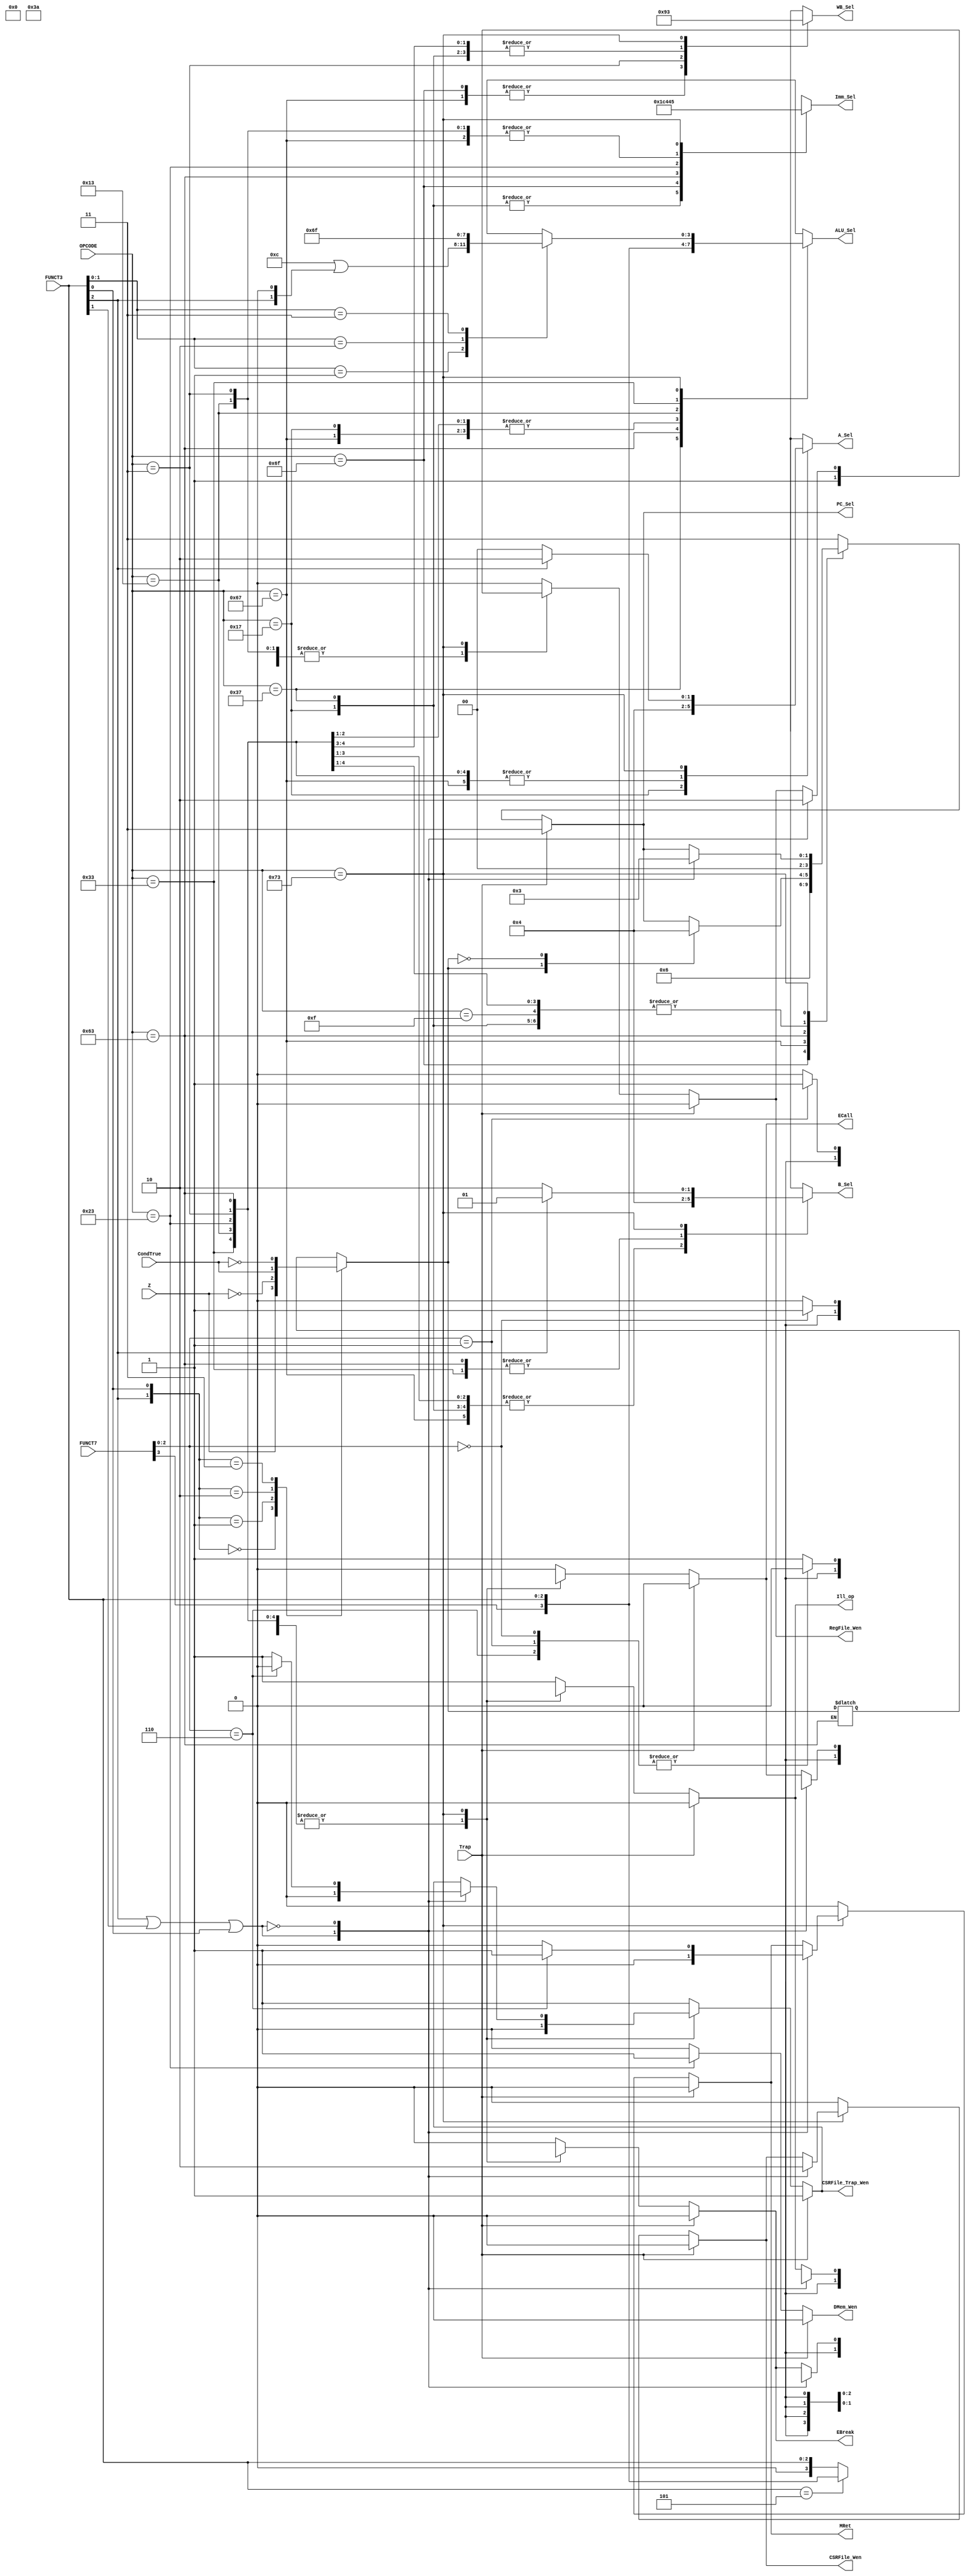
/* Generated by Yosys 0.9+3624 (git sha1 UNKNOWN, clang 7.0.1-8+deb10u2 -fPIC -Os) */

module ControlUnit(Z, Trap, CondTrue, OPCODE, FUNCT3, FUNCT7, PC_Sel, A_Sel, B_Sel, WB_Sel, Imm_Sel, ALU_Sel, RegFile_Wen, DMem_Wen, CSRFile_Wen, CSRFile_Trap_Wen, MRet, ECall, EBreak, Ill_op);
  wire _00_;
  wire _01_;
  wire _02_;
  wire _03_;
  wire _04_;
  wire _05_;
  wire _06_;
  wire _07_;
  wire [1:0] _08_;
  wire _09_;
  wire _10_;
  wire _11_;
  wire _12_;
  wire _13_;
  wire [3:0] _14_;
  wire _15_;
  wire _16_;
  wire _17_;
  wire [1:0] _18_;
  wire [1:0] _19_;
  wire [3:0] _20_;
  wire _21_;
  wire _22_;
  wire _23_;
  wire _24_;
  wire [3:0] _25_;
  wire _26_;
  wire _27_;
  wire _28_;
  wire _29_;
  wire _30_;
  wire _31_;
  wire _32_;
  wire _33_;
  wire _34_;
  wire _35_;
  wire _36_;
  wire [1:0] _37_;
  wire _38_;
  wire _39_;
  wire _40_;
  wire _41_;
  wire _42_;
  wire _43_;
  wire _44_;
  wire _45_;
  wire _46_;
  wire [1:0] _47_;
  wire [1:0] _48_;
  wire [1:0] _49_;
  wire [1:0] _50_;
  wire [2:0] _51_;
  wire [3:0] _52_;
  wire _53_;
  wire _54_;
  wire _55_;
  wire _56_;
  wire _57_;
  wire _58_;
  wire _59_;
  wire _60_;
  wire _61_;
  wire [1:0] _62_;
  wire _63_;
  wire _64_;
  wire _65_;
  wire _66_;
  wire _67_;
  wire _68_;
  wire _69_;
  wire _70_;
  wire _71_;
  wire _72_;
  wire _73_;
  output [3:0] ALU_Sel;
  output [1:0] A_Sel;
  output [1:0] B_Sel;
  output CSRFile_Trap_Wen;
  output CSRFile_Wen;
  input CondTrue;
  output DMem_Wen;
  output EBreak;
  output ECall;
  input [2:0] FUNCT3;
  input [3:0] FUNCT7;
  output Ill_op;
  output [2:0] Imm_Sel;
  output MRet;
  input [6:0] OPCODE;
  output [1:0] PC_Sel;
  output RegFile_Wen;
  input Trap;
  output [1:0] WB_Sel;
  input Z;
  wire \control.takebranch ;
  assign _20_ = 4'hc | { 2'h0, FUNCT3[2], 1'h0 };
  assign _21_ = FUNCT3[1:0] == 2'h1;
  assign _23_ = FUNCT3[1:0] == 2'h2;
  assign _24_ = FUNCT3[1:0] == 2'h3;
  function [3:0] \112 ;
    input [3:0] a;
    input [11:0] b;
    input [2:0] s;
    (* parallel_case *)
    casez (s)
      3'b??1:
        \112  = b[3:0];
      3'b?1?:
        \112  = b[7:4];
      3'b1??:
        \112  = b[11:8];
      default:
        \112  = a;
    endcase
  endfunction
  assign _25_ = \112 (4'hx, { 8'hf6, _20_ }, { _24_, _23_, _21_ });
  assign _26_ = _22_ == 1'h1;
  assign _27_ = FUNCT7[2:0] == 3'h0;
  assign _28_ = FUNCT7[2:0] == 3'h1;
  assign _29_ = FUNCT7[2:0] == 3'h6;
  function [0:0] \125 ;
    input [0:0] a;
    input [2:0] b;
    input [2:0] s;
    (* parallel_case *)
    casez (s)
      3'b??1:
        \125  = b[0:0];
      3'b?1?:
        \125  = b[1:1];
      3'b1??:
        \125  = b[2:2];
      default:
        \125  = a;
    endcase
  endfunction
  assign _30_ = \125 (1'h1, 3'h3, { _29_, _28_, _27_ });
  function [0:0] \129 ;
    input [0:0] a;
    input [2:0] b;
    input [2:0] s;
    (* parallel_case *)
    casez (s)
      3'b??1:
        \129  = b[0:0];
      3'b?1?:
        \129  = b[1:1];
      3'b1??:
        \129  = b[2:2];
      default:
        \129  = a;
    endcase
  endfunction
  assign _31_ = \129 (1'h0, 3'h4, { _29_, _28_, _27_ });
  function [0:0] \133 ;
    input [0:0] a;
    input [2:0] b;
    input [2:0] s;
    (* parallel_case *)
    casez (s)
      3'b??1:
        \133  = b[0:0];
      3'b?1?:
        \133  = b[1:1];
      3'b1??:
        \133  = b[2:2];
      default:
        \133  = a;
    endcase
  endfunction
  assign _32_ = \133 (1'h0, 3'h1, { _29_, _28_, _27_ });
  function [0:0] \137 ;
    input [0:0] a;
    input [2:0] b;
    input [2:0] s;
    (* parallel_case *)
    casez (s)
      3'b??1:
        \137  = b[0:0];
      3'b?1?:
        \137  = b[1:1];
      3'b1??:
        \137  = b[2:2];
      default:
        \137  = a;
    endcase
  endfunction
  assign _34_ = \137 (1'h0, 3'h2, { _29_, _28_, _27_ });
  function [0:0] \141 ;
    input [0:0] a;
    input [2:0] b;
    input [2:0] s;
    (* parallel_case *)
    casez (s)
      3'b??1:
        \141  = b[0:0];
      3'b?1?:
        \141  = b[1:1];
      3'b1??:
        \141  = b[2:2];
      default:
        \141  = a;
    endcase
  endfunction
  assign _35_ = \141 (1'h1, 3'h0, { _29_, _28_, _27_ });
  assign _36_ = _22_ == 1'h0;
  function [1:0] \148 ;
    input [1:0] a;
    input [3:0] b;
    input [1:0] s;
    (* parallel_case *)
    casez (s)
      2'b?1:
        \148  = b[1:0];
      2'b1?:
        \148  = b[3:2];
      default:
        \148  = a;
    endcase
  endfunction
  assign _37_ = \148 (_62_, 4'hc, { _36_, _26_ });
  function [0:0] \151 ;
    input [0:0] a;
    input [1:0] b;
    input [1:0] s;
    (* parallel_case *)
    casez (s)
      2'b?1:
        \151  = b[0:0];
      2'b1?:
        \151  = b[1:1];
      default:
        \151  = a;
    endcase
  endfunction
  assign _38_ = \151 (_63_, 2'h1, { _36_, _26_ });
  function [0:0] \154 ;
    input [0:0] a;
    input [1:0] b;
    input [1:0] s;
    (* parallel_case *)
    casez (s)
      2'b?1:
        \154  = b[0:0];
      2'b1?:
        \154  = b[1:1];
      default:
        \154  = a;
    endcase
  endfunction
  assign _39_ = \154 (_66_, 2'h1, { _36_, _26_ });
  function [0:0] \156 ;
    input [0:0] a;
    input [1:0] b;
    input [1:0] s;
    (* parallel_case *)
    casez (s)
      2'b?1:
        \156  = b[0:0];
      2'b1?:
        \156  = b[1:1];
      default:
        \156  = a;
    endcase
  endfunction
  assign _40_ = \156 (_67_, { _30_, 1'h0 }, { _36_, _26_ });
  function [0:0] \158 ;
    input [0:0] a;
    input [1:0] b;
    input [1:0] s;
    (* parallel_case *)
    casez (s)
      2'b?1:
        \158  = b[0:0];
      2'b1?:
        \158  = b[1:1];
      default:
        \158  = a;
    endcase
  endfunction
  assign _41_ = \158 (_68_, { _31_, 1'h0 }, { _36_, _26_ });
  function [0:0] \160 ;
    input [0:0] a;
    input [1:0] b;
    input [1:0] s;
    (* parallel_case *)
    casez (s)
      2'b?1:
        \160  = b[0:0];
      2'b1?:
        \160  = b[1:1];
      default:
        \160  = a;
    endcase
  endfunction
  assign _42_ = \160 (_69_, { _32_, 1'hx }, { _36_, _26_ });
  function [0:0] \162 ;
    input [0:0] a;
    input [1:0] b;
    input [1:0] s;
    (* parallel_case *)
    casez (s)
      2'b?1:
        \162  = b[0:0];
      2'b1?:
        \162  = b[1:1];
      default:
        \162  = a;
    endcase
  endfunction
  assign _43_ = \162 (_70_, { _34_, 1'hx }, { _36_, _26_ });
  function [0:0] \164 ;
    input [0:0] a;
    input [1:0] b;
    input [1:0] s;
    (* parallel_case *)
    casez (s)
      2'b?1:
        \164  = b[0:0];
      2'b1?:
        \164  = b[1:1];
      default:
        \164  = a;
    endcase
  endfunction
  assign _45_ = \164 (_71_, { _35_, 1'hx }, { _36_, _26_ });
  assign _46_ = OPCODE == 7'h73;
  function [1:0] \178 ;
    input [1:0] a;
    input [21:0] b;
    input [10:0] s;
    (* parallel_case *)
    casez (s)
      11'b??????????1:
        \178  = b[1:0];
      11'b?????????1?:
        \178  = b[3:2];
      11'b????????1??:
        \178  = b[5:4];
      11'b???????1???:
        \178  = b[7:6];
      11'b??????1????:
        \178  = b[9:8];
      11'b?????1?????:
        \178  = b[11:10];
      11'b????1??????:
        \178  = b[13:12];
      11'b???1???????:
        \178  = b[15:14];
      11'b??1????????:
        \178  = b[17:16];
      11'b?1?????????:
        \178  = b[19:18];
      11'b1??????????:
        \178  = b[21:20];
      default:
        \178  = a;
    endcase
  endfunction
  assign _47_ = \178 (2'h3, { _37_, 10'h000, _08_, 8'h90 }, { _46_, _17_, _16_, _15_, _12_, _10_, _09_, _65_, _55_, _44_, _33_ });
  function [1:0] \190 ;
    input [1:0] a;
    input [21:0] b;
    input [10:0] s;
    (* parallel_case *)
    casez (s)
      11'b??????????1:
        \190  = b[1:0];
      11'b?????????1?:
        \190  = b[3:2];
      11'b????????1??:
        \190  = b[5:4];
      11'b???????1???:
        \190  = b[7:6];
      11'b??????1????:
        \190  = b[9:8];
      11'b?????1?????:
        \190  = b[11:10];
      11'b????1??????:
        \190  = b[13:12];
      11'b???1???????:
        \190  = b[15:14];
      11'b??1????????:
        \190  = b[17:16];
      11'b?1?????????:
        \190  = b[19:18];
      11'b1??????????:
        \190  = b[21:20];
      default:
        \190  = a;
    endcase
  endfunction
  assign _48_ = \190 (2'hx, { _18_, 20'bxx000000000000xx01xx }, { _46_, _17_, _16_, _15_, _12_, _10_, _09_, _65_, _55_, _44_, _33_ });
  function [1:0] \202 ;
    input [1:0] a;
    input [21:0] b;
    input [10:0] s;
    (* parallel_case *)
    casez (s)
      11'b??????????1:
        \202  = b[1:0];
      11'b?????????1?:
        \202  = b[3:2];
      11'b????????1??:
        \202  = b[5:4];
      11'b???????1???:
        \202  = b[7:6];
      11'b??????1????:
        \202  = b[9:8];
      11'b?????1?????:
        \202  = b[11:10];
      11'b????1??????:
        \202  = b[13:12];
      11'b???1???????:
        \202  = b[15:14];
      11'b??1????????:
        \202  = b[17:16];
      11'b?1?????????:
        \202  = b[19:18];
      11'b1??????????:
        \202  = b[21:20];
      default:
        \202  = a;
    endcase
  endfunction
  assign _49_ = \202 (2'hx, { _19_, 20'bxx000101010001xx0101 }, { _46_, _17_, _16_, _15_, _12_, _10_, _09_, _65_, _55_, _44_, _33_ });
  function [1:0] \215 ;
    input [1:0] a;
    input [21:0] b;
    input [10:0] s;
    (* parallel_case *)
    casez (s)
      11'b??????????1:
        \215  = b[1:0];
      11'b?????????1?:
        \215  = b[3:2];
      11'b????????1??:
        \215  = b[5:4];
      11'b???????1???:
        \215  = b[7:6];
      11'b??????1????:
        \215  = b[9:8];
      11'b?????1?????:
        \215  = b[11:10];
      11'b????1??????:
        \215  = b[13:12];
      11'b???1???????:
        \215  = b[15:14];
      11'b??1????????:
        \215  = b[17:16];
      11'b?1?????????:
        \215  = b[19:18];
      11'b1??????????:
        \215  = b[21:20];
      default:
        \215  = a;
    endcase
  endfunction
  assign _50_ = \215 (2'hx, 22'b11xx0000xx01xx10100000, { _46_, _17_, _16_, _15_, _12_, _10_, _09_, _65_, _55_, _44_, _33_ });
  function [2:0] \228 ;
    input [2:0] a;
    input [32:0] b;
    input [10:0] s;
    (* parallel_case *)
    casez (s)
      11'b??????????1:
        \228  = b[2:0];
      11'b?????????1?:
        \228  = b[5:3];
      11'b????????1??:
        \228  = b[8:6];
      11'b???????1???:
        \228  = b[11:9];
      11'b??????1????:
        \228  = b[14:12];
      11'b?????1?????:
        \228  = b[17:15];
      11'b????1??????:
        \228  = b[20:18];
      11'b???1???????:
        \228  = b[23:21];
      11'b??1????????:
        \228  = b[26:24];
      11'b?1?????????:
        \228  = b[29:27];
      11'b1??????????:
        \228  = b[32:30];
      default:
        \228  = a;
    endcase
  endfunction
  assign _51_ = \228 (3'hx, 33'b101xxxxxx000001000010000100011011, { _46_, _17_, _16_, _15_, _12_, _10_, _09_, _65_, _55_, _44_, _33_ });
  function [3:0] \237 ;
    input [3:0] a;
    input [43:0] b;
    input [10:0] s;
    (* parallel_case *)
    casez (s)
      11'b??????????1:
        \237  = b[3:0];
      11'b?????????1?:
        \237  = b[7:4];
      11'b????????1??:
        \237  = b[11:8];
      11'b???????1???:
        \237  = b[15:12];
      11'b??????1????:
        \237  = b[19:16];
      11'b?????1?????:
        \237  = b[23:20];
      11'b????1??????:
        \237  = b[27:24];
      11'b???1???????:
        \237  = b[31:28];
      11'b??1????????:
        \237  = b[35:32];
      11'b?1?????????:
        \237  = b[39:36];
      11'b1??????????:
        \237  = b[43:40];
      default:
        \237  = a;
    endcase
  endfunction
  assign _52_ = \237 (4'hx, { _25_, 4'hx, FUNCT7[3], FUNCT3, _14_, 10'h002, FUNCT3[2:1], 16'h0x0e }, { _46_, _17_, _16_, _15_, _12_, _10_, _09_, _65_, _55_, _44_, _33_ });
  function [0:0] \249 ;
    input [0:0] a;
    input [10:0] b;
    input [10:0] s;
    (* parallel_case *)
    casez (s)
      11'b??????????1:
        \249  = b[0:0];
      11'b?????????1?:
        \249  = b[1:1];
      11'b????????1??:
        \249  = b[2:2];
      11'b???????1???:
        \249  = b[3:3];
      11'b??????1????:
        \249  = b[4:4];
      11'b?????1?????:
        \249  = b[5:5];
      11'b????1??????:
        \249  = b[6:6];
      11'b???1???????:
        \249  = b[7:7];
      11'b??1????????:
        \249  = b[8:8];
      11'b?1?????????:
        \249  = b[9:9];
      11'b1??????????:
        \249  = b[10:10];
      default:
        \249  = a;
    endcase
  endfunction
  assign _53_ = \249 (1'h0, { _38_, 10'h1af }, { _46_, _17_, _16_, _15_, _12_, _10_, _09_, _65_, _55_, _44_, _33_ });
  assign _00_ = 1'h0 | FUNCT3[2];
  function [0:0] \262 ;
    input [0:0] a;
    input [10:0] b;
    input [10:0] s;
    (* parallel_case *)
    casez (s)
      11'b??????????1:
        \262  = b[0:0];
      11'b?????????1?:
        \262  = b[1:1];
      11'b????????1??:
        \262  = b[2:2];
      11'b???????1???:
        \262  = b[3:3];
      11'b??????1????:
        \262  = b[4:4];
      11'b?????1?????:
        \262  = b[5:5];
      11'b????1??????:
        \262  = b[6:6];
      11'b???1???????:
        \262  = b[7:7];
      11'b??1????????:
        \262  = b[8:8];
      11'b?1?????????:
        \262  = b[9:9];
      11'b1??????????:
        \262  = b[10:10];
      default:
        \262  = a;
    endcase
  endfunction
  assign _54_ = \262 (1'h0, 11'h040, { _46_, _17_, _16_, _15_, _12_, _10_, _09_, _65_, _55_, _44_, _33_ });
  function [0:0] \274 ;
    input [0:0] a;
    input [10:0] b;
    input [10:0] s;
    (* parallel_case *)
    casez (s)
      11'b??????????1:
        \274  = b[0:0];
      11'b?????????1?:
        \274  = b[1:1];
      11'b????????1??:
        \274  = b[2:2];
      11'b???????1???:
        \274  = b[3:3];
      11'b??????1????:
        \274  = b[4:4];
      11'b?????1?????:
        \274  = b[5:5];
      11'b????1??????:
        \274  = b[6:6];
      11'b???1???????:
        \274  = b[7:7];
      11'b??1????????:
        \274  = b[8:8];
      11'b?1?????????:
        \274  = b[9:9];
      11'b1??????????:
        \274  = b[10:10];
      default:
        \274  = a;
    endcase
  endfunction
  assign _56_ = \274 (1'h0, { _39_, 10'h000 }, { _46_, _17_, _16_, _15_, _12_, _10_, _09_, _65_, _55_, _44_, _33_ });
  function [0:0] \286 ;
    input [0:0] a;
    input [10:0] b;
    input [10:0] s;
    (* parallel_case *)
    casez (s)
      11'b??????????1:
        \286  = b[0:0];
      11'b?????????1?:
        \286  = b[1:1];
      11'b????????1??:
        \286  = b[2:2];
      11'b???????1???:
        \286  = b[3:3];
      11'b??????1????:
        \286  = b[4:4];
      11'b?????1?????:
        \286  = b[5:5];
      11'b????1??????:
        \286  = b[6:6];
      11'b???1???????:
        \286  = b[7:7];
      11'b??1????????:
        \286  = b[8:8];
      11'b?1?????????:
        \286  = b[9:9];
      11'b1??????????:
        \286  = b[10:10];
      default:
        \286  = a;
    endcase
  endfunction
  assign _57_ = \286 (1'h1, { _40_, 10'h000 }, { _46_, _17_, _16_, _15_, _12_, _10_, _09_, _65_, _55_, _44_, _33_ });
  assign _11_ = _00_ | FUNCT3[1];
  function [0:0] \298 ;
    input [0:0] a;
    input [10:0] b;
    input [10:0] s;
    (* parallel_case *)
    casez (s)
      11'b??????????1:
        \298  = b[0:0];
      11'b?????????1?:
        \298  = b[1:1];
      11'b????????1??:
        \298  = b[2:2];
      11'b???????1???:
        \298  = b[3:3];
      11'b??????1????:
        \298  = b[4:4];
      11'b?????1?????:
        \298  = b[5:5];
      11'b????1??????:
        \298  = b[6:6];
      11'b???1???????:
        \298  = b[7:7];
      11'b??1????????:
        \298  = b[8:8];
      11'b?1?????????:
        \298  = b[9:9];
      11'b1??????????:
        \298  = b[10:10];
      default:
        \298  = a;
    endcase
  endfunction
  assign _58_ = \298 (1'h0, { _41_, 10'h000 }, { _46_, _17_, _16_, _15_, _12_, _10_, _09_, _65_, _55_, _44_, _33_ });
  assign _22_ = _11_ | FUNCT3[0];
  function [0:0] \310 ;
    input [0:0] a;
    input [10:0] b;
    input [10:0] s;
    (* parallel_case *)
    casez (s)
      11'b??????????1:
        \310  = b[0:0];
      11'b?????????1?:
        \310  = b[1:1];
      11'b????????1??:
        \310  = b[2:2];
      11'b???????1???:
        \310  = b[3:3];
      11'b??????1????:
        \310  = b[4:4];
      11'b?????1?????:
        \310  = b[5:5];
      11'b????1??????:
        \310  = b[6:6];
      11'b???1???????:
        \310  = b[7:7];
      11'b??1????????:
        \310  = b[8:8];
      11'b?1?????????:
        \310  = b[9:9];
      11'b1??????????:
        \310  = b[10:10];
      default:
        \310  = a;
    endcase
  endfunction
  assign _59_ = \310 (1'h0, { _42_, 10'hxxx }, { _46_, _17_, _16_, _15_, _12_, _10_, _09_, _65_, _55_, _44_, _33_ });
  function [0:0] \322 ;
    input [0:0] a;
    input [10:0] b;
    input [10:0] s;
    (* parallel_case *)
    casez (s)
      11'b??????????1:
        \322  = b[0:0];
      11'b?????????1?:
        \322  = b[1:1];
      11'b????????1??:
        \322  = b[2:2];
      11'b???????1???:
        \322  = b[3:3];
      11'b??????1????:
        \322  = b[4:4];
      11'b?????1?????:
        \322  = b[5:5];
      11'b????1??????:
        \322  = b[6:6];
      11'b???1???????:
        \322  = b[7:7];
      11'b??1????????:
        \322  = b[8:8];
      11'b?1?????????:
        \322  = b[9:9];
      11'b1??????????:
        \322  = b[10:10];
      default:
        \322  = a;
    endcase
  endfunction
  assign _60_ = \322 (1'h0, { _43_, 10'hxxx }, { _46_, _17_, _16_, _15_, _12_, _10_, _09_, _65_, _55_, _44_, _33_ });
  assign _33_ = OPCODE == 7'h37;
  function [0:0] \334 ;
    input [0:0] a;
    input [10:0] b;
    input [10:0] s;
    (* parallel_case *)
    casez (s)
      11'b??????????1:
        \334  = b[0:0];
      11'b?????????1?:
        \334  = b[1:1];
      11'b????????1??:
        \334  = b[2:2];
      11'b???????1???:
        \334  = b[3:3];
      11'b??????1????:
        \334  = b[4:4];
      11'b?????1?????:
        \334  = b[5:5];
      11'b????1??????:
        \334  = b[6:6];
      11'b???1???????:
        \334  = b[7:7];
      11'b??1????????:
        \334  = b[8:8];
      11'b?1?????????:
        \334  = b[9:9];
      11'b1??????????:
        \334  = b[10:10];
      default:
        \334  = a;
    endcase
  endfunction
  assign _61_ = \334 (1'h1, { _45_, 10'hxxx }, { _46_, _17_, _16_, _15_, _12_, _10_, _09_, _65_, _55_, _44_, _33_ });
  function [0:0] \335 ;
    input [0:0] a;
    input [10:0] b;
    input [10:0] s;
    (* parallel_case *)
    casez (s)
      11'b??????????1:
        \335  = b[0:0];
      11'b?????????1?:
        \335  = b[1:1];
      11'b????????1??:
        \335  = b[2:2];
      11'b???????1???:
        \335  = b[3:3];
      11'b??????1????:
        \335  = b[4:4];
      11'b?????1?????:
        \335  = b[5:5];
      11'b????1??????:
        \335  = b[6:6];
      11'b???1???????:
        \335  = b[7:7];
      11'b??1????????:
        \335  = b[8:8];
      11'b?1?????????:
        \335  = b[9:9];
      11'b1??????????:
        \335  = b[10:10];
      default:
        \335  = a;
    endcase
  endfunction
  assign \control.takebranch  = \335 (\control.takebranch , { \control.takebranch , \control.takebranch , \control.takebranch , \control.takebranch , \control.takebranch , \control.takebranch , _05_, \control.takebranch , \control.takebranch , \control.takebranch , \control.takebranch  }, { _46_, _17_, _16_, _15_, _12_, _10_, _09_, _65_, _55_, _44_, _33_ });
  assign _62_ = Trap ? 2'h3 : _47_;
  assign _63_ = Trap ? 1'h0 : _53_;
  assign _64_ = Trap ? 1'h0 : _54_;
  assign _66_ = Trap ? 1'h0 : _56_;
  assign _67_ = Trap ? 1'h1 : _57_;
  assign _68_ = Trap ? 1'h0 : _58_;
  assign _44_ = OPCODE == 7'h17;
  assign _69_ = Trap ? 1'h0 : _59_;
  assign _70_ = Trap ? 1'h0 : _60_;
  assign _71_ = Trap ? 1'h0 : _61_;
  assign _55_ = OPCODE == 7'h6f;
  assign _65_ = OPCODE == 7'h67;
  assign _72_ = { FUNCT3[2], FUNCT3[0] } == 2'h0;
  assign _73_ = ~ Z;
  assign _01_ = { FUNCT3[2], FUNCT3[0] } == 2'h1;
  assign _02_ = { FUNCT3[2], FUNCT3[0] } == 2'h2;
  assign _03_ = ~ CondTrue;
  assign _04_ = { FUNCT3[2], FUNCT3[0] } == 2'h3;
  function [0:0] \57 ;
    input [0:0] a;
    input [3:0] b;
    input [3:0] s;
    (* parallel_case *)
    casez (s)
      4'b???1:
        \57  = b[0:0];
      4'b??1?:
        \57  = b[1:1];
      4'b?1??:
        \57  = b[2:2];
      4'b1???:
        \57  = b[3:3];
      default:
        \57  = a;
    endcase
  endfunction
  assign _05_ = \57 (\control.takebranch , { _03_, CondTrue, _73_, Z }, { _04_, _02_, _01_, _72_ });
  assign _06_ = _05_ == 1'h1;
  assign _07_ = _05_ == 1'h0;
  function [1:0] \65 ;
    input [1:0] a;
    input [3:0] b;
    input [1:0] s;
    (* parallel_case *)
    casez (s)
      2'b?1:
        \65  = b[1:0];
      2'b1?:
        \65  = b[3:2];
      default:
        \65  = a;
    endcase
  endfunction
  assign _08_ = \65 (_62_, 4'h1, { _07_, _06_ });
  assign _09_ = OPCODE == 7'h63;
  assign _10_ = OPCODE == 7'h03;
  assign _12_ = OPCODE == 7'h23;
  assign _13_ = FUNCT3 == 3'h5;
  assign _14_ = _13_ ? { FUNCT7[3], FUNCT3 } : { 1'h0, FUNCT3 };
  assign _15_ = OPCODE == 7'h13;
  assign _16_ = OPCODE == 7'h33;
  assign _17_ = OPCODE == 7'h0f;
  assign _18_ = FUNCT3[2] ? 2'h2 : 2'h0;
  assign _19_ = FUNCT3[2] ? 2'h1 : 2'h2;
  assign PC_Sel = _62_;
  assign A_Sel = _48_;
  assign B_Sel = _49_;
  assign WB_Sel = _50_;
  assign Imm_Sel = _51_;
  assign ALU_Sel = _52_;
  assign RegFile_Wen = _63_;
  assign DMem_Wen = _64_;
  assign CSRFile_Wen = _66_;
  assign CSRFile_Trap_Wen = _67_;
  assign MRet = _68_;
  assign ECall = _69_;
  assign EBreak = _70_;
  assign Ill_op = _71_;
endmodule